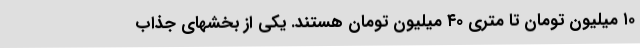
۱۰ میلیون تومان تا متری ۴۰ میلیون تومان هستند. یکی از بخشهای جذاب